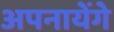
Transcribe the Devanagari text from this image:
अपनायेंगे